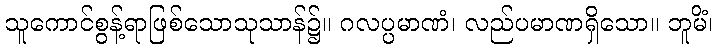
သူကောင်စွန့်ရာဖြစ်သောသုသာန်၌။ ဂလပ္ပမာဏံ၊ လည်ပမာဏရှိသော။ ဘူမိံ၊